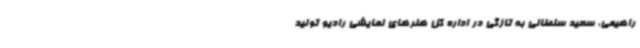
راهیمی، سعید سلطانی به تازگی در اداره کل هنرهای نمایشی رادیو تولید